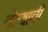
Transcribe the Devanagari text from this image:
तेल्याची